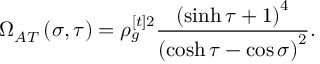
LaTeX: \Omega _ { A T } \left( \sigma , \tau \right) = \rho _ { g } ^ { [ t ] 2 } \frac { \left( \sinh \tau + 1 \right) ^ { 4 } } { \left( \cosh \tau - \cos \sigma \right) ^ { 2 } } .